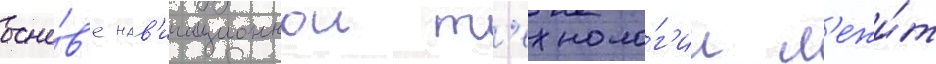
осно́в'е нав'игационнои т'ехноло́г'ии л'ежи́т